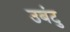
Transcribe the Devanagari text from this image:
उबंटु